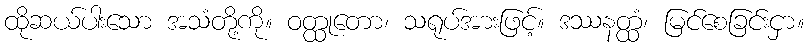
ထိုဆယ်ပါးသော အသံတို့ကို။ ဝတ္ထုတော၊ သရုပ်အားဖြင့်။ ဒဿနတ္ထံ၊ မြင်စေခြင်းငှာ။